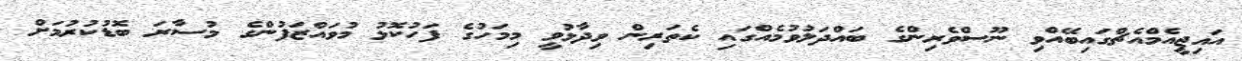
އައިޖީއެމްއެޗްގައިބޭއްވި ނޫސްވެރިންގެ ބައްދަލުވުމެއްގައި ކެތަރިން ވިދާޅުވީ މިމަހުގެ ފަހުކޮޅު މުވައްޒަފުންގެ މުސާރަ ބޮޑުކުރުމަށް